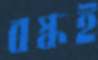
বস্কই